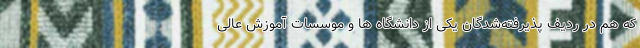
که هم در ردیف پذیرفته‌شدگان یکی از دانشگاه ها و موسسات آموزش عالی